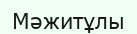
Мәжитұлы